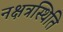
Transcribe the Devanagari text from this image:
नक्षत्रस्थिति